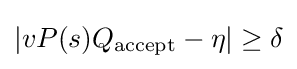
\vert vP(s)Q_{\text{accept}}-\eta \vert \geq \delta